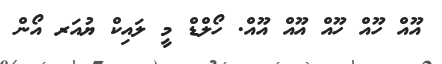
އޫއް ހޫއް ހޫއް އޫއް އޫއް. ހޯލްޑް މީ ލައިކް ޔުއަރ އޯން